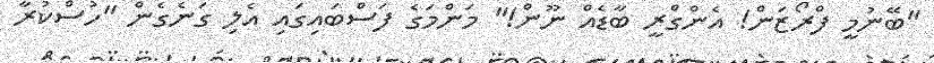
"ބޭނުމީ ފްރޯޒަން! އެންގްރީ ބާޑެއް ނޫން!" މަންމަގެ ފަސްބައިގައި އެލި ގަނެގެން "ހުސްކުރާ